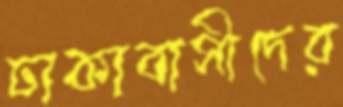
ঢাকাবাসীদের